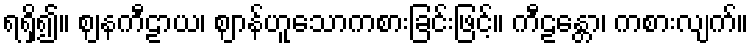
ရရှိ၍။ ဈနကီဠာယ၊ ဈာန်ဟူသောကစားခြင်းဖြင့်။ ကီဠန္တော၊ ကစားလျက်။